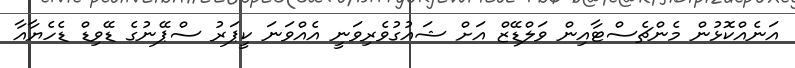
އަނެއްކޮޅުން މެންޗެސްޓާއިން ވަލްޑޭޒް އަށް ޝައުގުވެރިވަނީ އެއްވަނަ ކީޕަރު ސްޕޭނުގެ ޑޭވިޑް ޑެހެޔާއާ